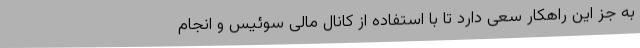
به جز این راهکار سعی دارد تا با استفاده از کانال مالی سوئیس و انجام